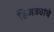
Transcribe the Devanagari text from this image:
हिजड्यांचे